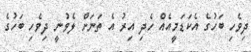
ދިވެހި ބަހުގެ އެކަޑަމީއެއް ހެދި އިރު އެ ތަނަށް ލެވުނީ ދިވެހި ބަހުގެ